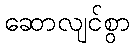
ဆောလျင်စွာ